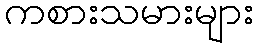
ကစားသမားများ